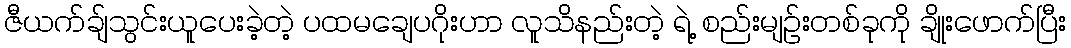
ဇီယက်ချ်သွင်းယူပေးခဲ့တဲ့ ပထမချေပဂိုးဟာ လူသိနည်းတဲ့ ရဲ့ စည်းမျဉ်းတစ်ခုကို ချိုးဖောက်ပြီး